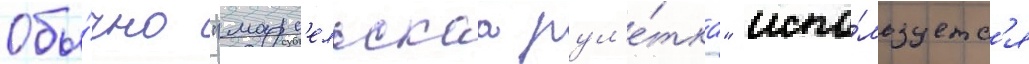
Обы́чно "марс'ельскаа рул'е́тка" испо́льзуетс'я